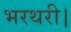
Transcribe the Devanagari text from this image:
भरथरी।